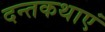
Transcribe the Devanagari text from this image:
दन्तकथाएं